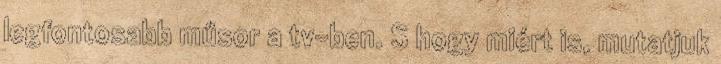
leg­fon­to­sabb műsor a tv-ben. S hogy miért is, mu­tat­juk